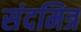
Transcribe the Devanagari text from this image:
संदमित्र